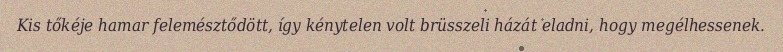
Kis tőkéje hamar felemésztődött, így kénytelen volt brüsszeli házát eladni, hogy megélhessenek.